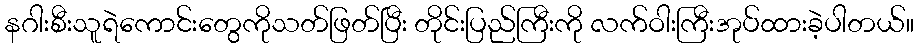
နဂါးစီးသူရဲကောင်းတွေကိုသတ်ဖြတ်ပြီး တိုင်းပြည်ကြီးကို လက်ဝါးကြီးအုပ်ထားခဲ့ပါတယ်။